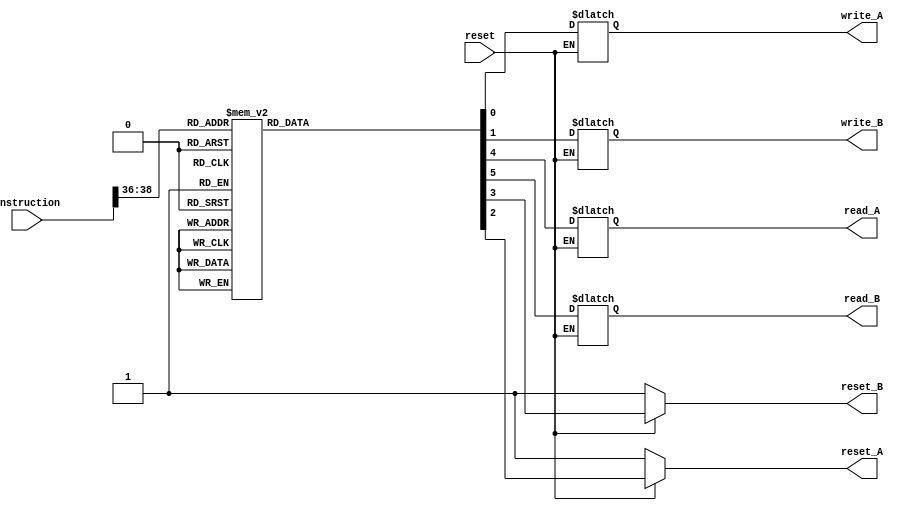
module Instruction_update(instruction, write_A, write_B, reset, reset_A, reset_B, read_A, read_B);
input reset;
input [38:0] instruction;
output reg write_A, write_B, reset_A, reset_B, read_A, read_B;
//checks the last three bits of instruction to accordingly update flags for the operand registers
always @(instruction[38:36])
	begin
	
	if (!reset) begin
	reset_A = 1;
	reset_B = 1;
	end
	
	else begin
		case (instruction[38:36])
		
			3'b000: begin
			write_A = 0; write_B = 0;
			reset_A = 1; reset_B = 1;
			read_A = 0;  read_B = 0;  end
			
			3'b001: begin
			write_A = 1; write_B = 0;
			reset_A = 0; reset_B = 0;
			read_A = 0;  read_B = 0;  end
			
			3'b010: begin
			write_A = 0; write_B = 1;
			reset_A = 0; reset_B = 0;
			read_A = 0;  read_B = 0;  end
			
			3'b011, 3'b100, 3'b101, 3'b110, 3'b111: begin
			write_A = 0; write_B = 0;
			reset_A = 0; reset_B = 0;
			read_A = 1;  read_B = 1; end

			default: begin
			write_A = 1'bx; write_B = 1'bx;
         reset_A = 1'bx; reset_B = 1'bx;
	      read_A = 1'bx;  read_B = 1'bx; end
		endcase
		end
	end

endmodule